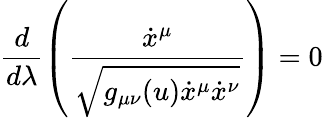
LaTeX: \frac{d}{d\lambda}\left(\frac{\dot{x}^{\mu}}{\sqrt{g_{\mu\nu}(u)\dot{x}^{\mu}\dot{x}^{\nu}}}\right)=0